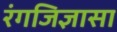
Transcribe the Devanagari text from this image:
रंगजिज्ञासा